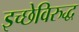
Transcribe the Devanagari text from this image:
इच्छेविरुद्ध